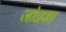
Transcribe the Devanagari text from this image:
जोधका